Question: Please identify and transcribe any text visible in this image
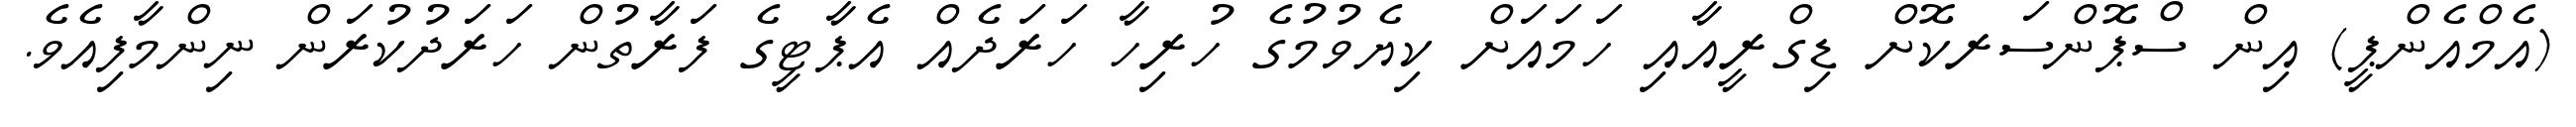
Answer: (އެމްއެންޕީ) އިން ސްޕޮންސަރކޮށް ޑިގްރީއާއި ހަމައަށް ކިޔެވުމުގެ ހުރިހާ ހަރަދެއް އެޕާޓީގެ ފަރާތުން ހަރަދުކުރަން ނިންމާފިއެވެ.